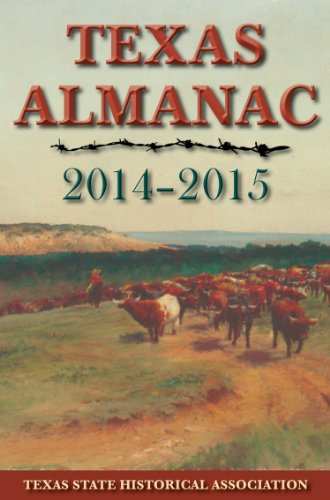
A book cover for Texas Almanac 2014EE2015; Reference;